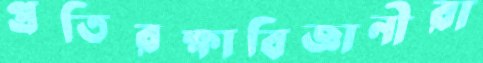
প্রতিরক্ষাবিজ্ঞানীরা